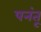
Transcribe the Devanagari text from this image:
पनंतू